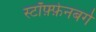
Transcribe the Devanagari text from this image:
स्टॉफ़्फ़ेनबर्ग